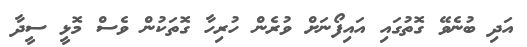
އަދި ބުނެވޭ ގޮތުގައި އައިފޯނަށް ވުރެން ހުރިހާ ގޮތަކުން ވެސް މޮޅީ ސީދާ